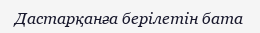
Дастарқанға берілетін бата